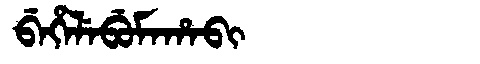
Manchu: ᠪᡝᡥᡝᠯᡝᠪᡠᠮᠠᡥᠠᠪᡳ
Romanization: BEHELEBUMAHABI